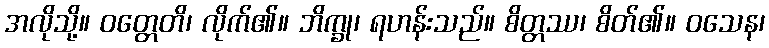
အလိုသို့။ ဝတ္တေတိ၊ လိုက်၏။ ဘိက္ခု၊ ရဟန်းသည်။ စိတ္တဿ၊ စိတ်၏။ ဝသေန၊